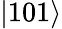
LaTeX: \left|101\right>